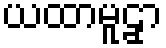
ယထာမူဠှာ